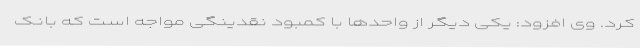
کرد. وی افزود: یکی دیگر از واحدها با کمبود نقدینگی مواجه است که بانک